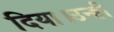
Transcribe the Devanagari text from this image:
दिया।उन्ही